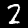
Label: 2